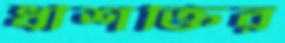
ধীশক্তির